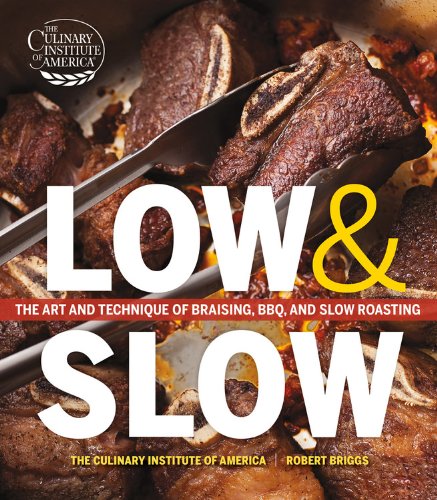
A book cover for Low and Slow: The Art and Technique of Braising, BBQ, and Slow Roasting; The Culinary Institute of America; Cookbooks, Food & Wine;